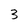
Character: 3